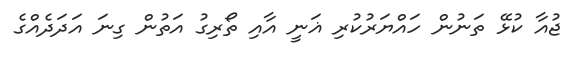
ޖުއާ ކުޅޭ ތަނުން ހައްޔަރުކުރި ޣަނީ އާއި ތޯރިގު އަތުން ގިނަ އަދަދެއްގެ